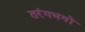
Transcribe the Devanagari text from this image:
तरंगभगों